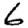
Digit: 6